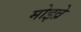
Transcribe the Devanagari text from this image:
मोइव्रे